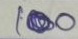
100